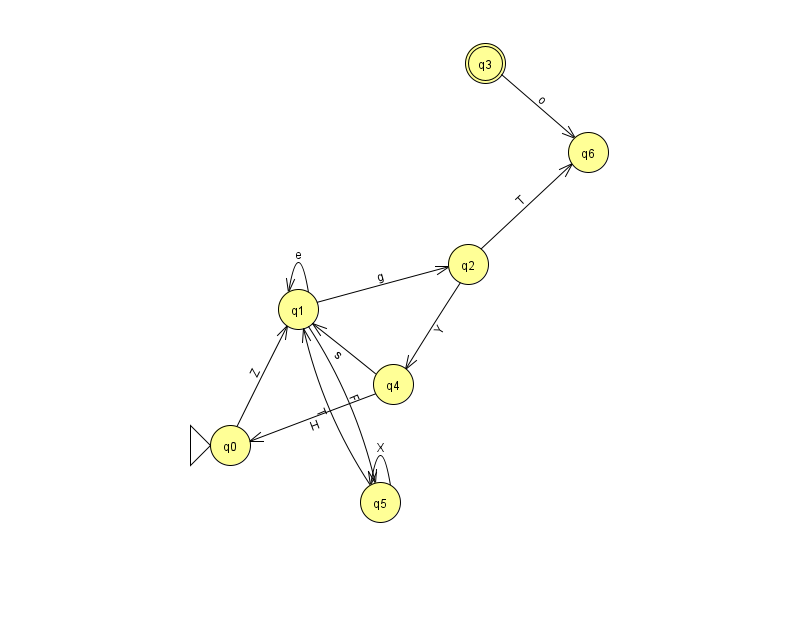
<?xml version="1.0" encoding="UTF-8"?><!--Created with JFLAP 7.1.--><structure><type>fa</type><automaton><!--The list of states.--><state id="0" name="q0"><x>230.0</x><y>432.0</y><initial/></state><state id="1" name="q1"><x>298.0</x><y>296.0</y></state><state id="2" name="q2"><x>468.0</x><y>251.0</y></state><state id="3" name="q3"><x>485.0</x><y>50.0</y><final/></state><state id="4" name="q4"><x>393.0</x><y>371.0</y></state><state id="5" name="q5"><x>380.0</x><y>489.0</y></state><state id="6" name="q6"><x>588.0</x><y>139.0</y></state><!--The list of transitions.--><transition><from>1</from><to>2</to><read>g</read></transition><transition><from>4</from><to>0</to><read>H</read></transition><transition><from>2</from><to>4</to><read>Y</read></transition><transition><from>1</from><to>1</to><read>e</read></transition><transition><from>5</from><to>5</to><read>X</read></transition><transition><from>0</from><to>1</to><read>Z</read></transition><transition><from>4</from><to>1</to><read>s</read></transition><transition><from>5</from><to>1</to><read>T</read></transition><transition><from>1</from><to>5</to><read>F</read></transition><transition><from>2</from><to>6</to><read>T</read></transition><transition><from>3</from><to>6</to><read>o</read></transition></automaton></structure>